Civil Veterinary Department Bihar reports 1940-50 - 1940-1950
Year: 1940
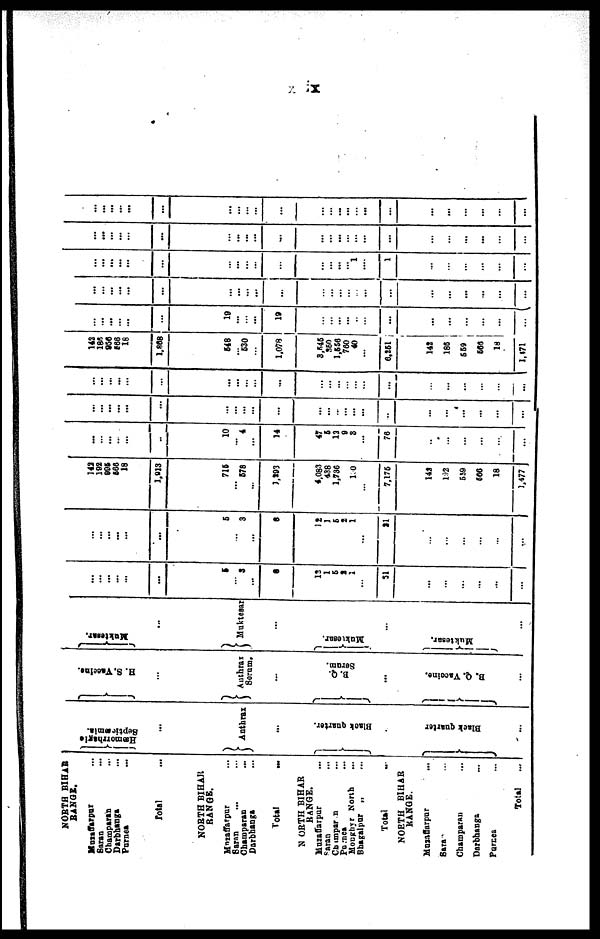
ix
NORTH BIHAR
RANGE.
Muzaffarpur …
Saran …
Champaran …
Darbhanga …
Purnea …
Total …
NORTH BIHAR
RANGE.
Muzaffarpur …
Saran … …
Champaran …
Darbhanga …
Total …
NORTH BIHAR
RANGE.
Muzaffarpur …
Saran …
Champaran …
Purnea …
Monghyr North …
Bhagalpar „ …
Total …
NORTH BIHAR
RANGE.
Muzaffarpur …
Sara …
Champaran …
Darbhanga …
Pornea
...
Total …
Hæmorrhagic
Septicæmia.
...
Anthrax
...
Bl ack quarter.
Black quarter
...
H. S.Vaccine.
…
Authrax
Serum.
...
B. Q.
Serum.
...
B. Q. Vaccine.
…
Muktesar.
…
Muktesar
...
Muktesar.
Muktesar.
…
…
…
…
…
...
…
5
…
3
…
8
15
1
6
2
1
…
31
...
…
…
…
…
…
…
…
…
...
…
...
…
5
…
3
…
8
12
1
6
2
1
…
21
…
…
…
…
…
…
142
192
995
566
18
1.913
…
716
…
578
…
1,293
4,083
438
1,736
1 0
…
7,176
142
192
559
666
18
1,477
…
…
…
…
…
…
…
10
...
4
…
14
47
6
13
9
8
…
76
…
…
…
…
…
...
…
…
…
...
...
…
…
...
…
… ...
…
...
...
…
…
… …
…
…
…
…
…
…
…
…
…
…
…
…
…
…
...
…
… …
…
…
...
…
…
… …
…
…
…
...
…
…
…
142
186
956
566
18
1,868
…
548
…
530
...
1,078
3,545
350
1,556
760
40
…
6,251
142
186
669
566
18
1,171
…
…
… …
…
…
…
19
…
… ...
19
…
…
…
...
…
…
...
...
…
…
…
…
...
…
…
…
...
…
...
…
…
…
… ...
…
…
…
…
…
… …
...
...
…
...
...
...
...
…
…
…
… …
...
…
…
…
… …
...
…
…
…
…
1
…
1
...
…
...
…
…
…
…
…
…
…
…
…
…
...
...
…
…
…
…
...
...
…
… ...
...
…
…
...
...
…
…
…
…
…
…
…
…
…
…
… …
...
…
…
…
...
… …
…
...
...
...
...
...
…